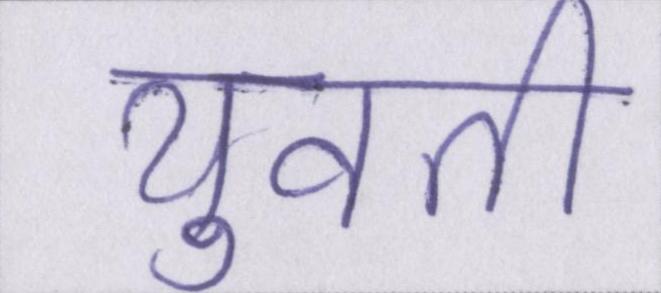
युवती